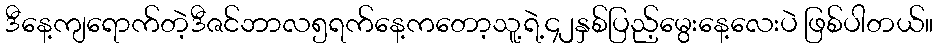
ဒီနေ့ကျရောက်တဲ့ဒီဇင်ဘာလ၅ရက်နေ့ကတော့သူ့ရဲ့၄၂နှစ်ပြည့်မွေးနေ့လေးပဲ ဖြစ်ပါတယ်။